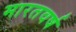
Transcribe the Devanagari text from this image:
मारतवर्ष